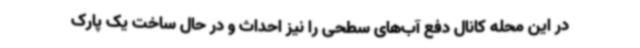
در این محله کانال دفع آب‌های سطحی را نیز احداث و در حال ساخت یک پارک